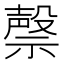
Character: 𮂐